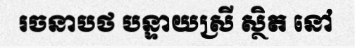
រចនាបថ បន្ទាយស្រី ស្ថិត នៅ